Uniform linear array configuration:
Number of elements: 64
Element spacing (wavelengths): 0.25
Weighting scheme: hann
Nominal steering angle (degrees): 30
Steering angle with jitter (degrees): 29.773
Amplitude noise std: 0.05
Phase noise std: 0.05

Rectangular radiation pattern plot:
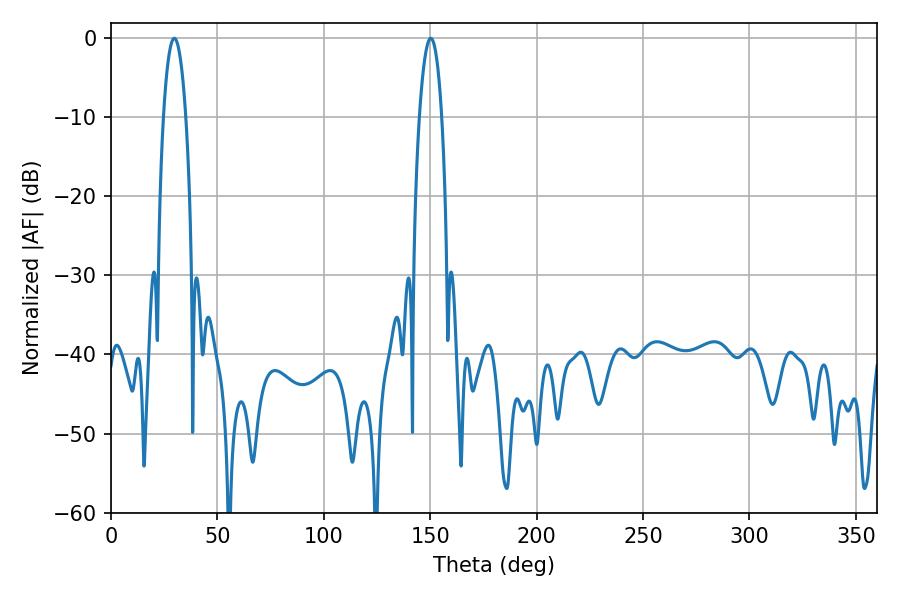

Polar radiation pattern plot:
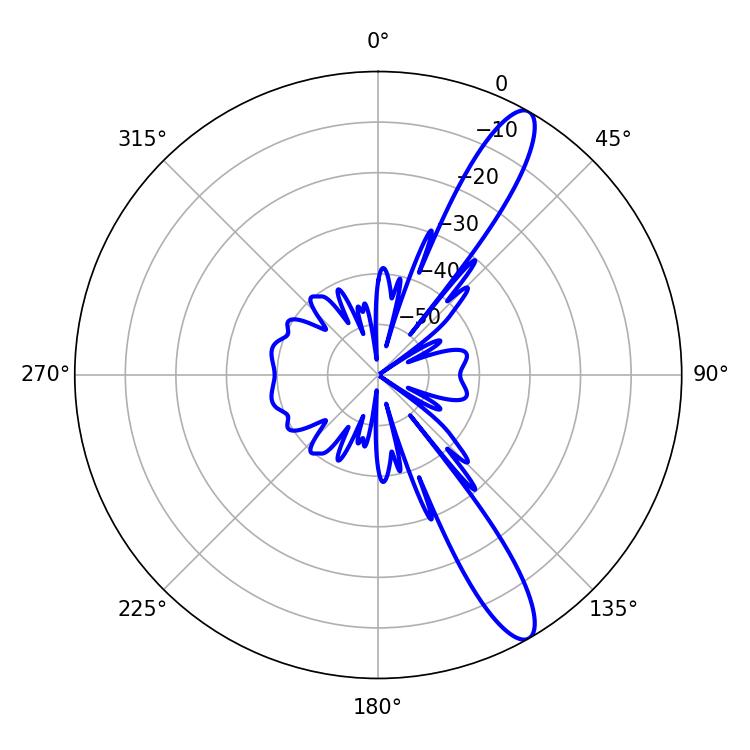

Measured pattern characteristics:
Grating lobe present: FALSE
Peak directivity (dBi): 12.644
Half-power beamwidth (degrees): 5.94
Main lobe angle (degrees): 29.7